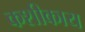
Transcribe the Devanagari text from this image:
कशीकाय